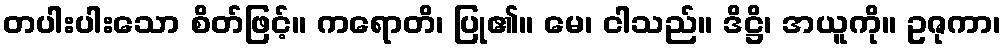
တပါးပါးသော စိတ်ဖြင့်။ ကရောတိ၊ ပြု၏။ မေ၊ ငါသည်။ ဒိဋ္ဌိ၊ အယူကို။ ဥဇုကာ၊